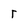
Character: r